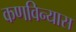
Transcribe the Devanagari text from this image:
कणविन्यास